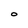
Character: O